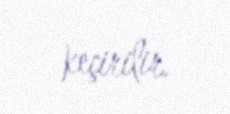
keçirilir.